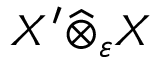
X ^ { \prime } { \widehat { \otimes } } _ { \varepsilon } X